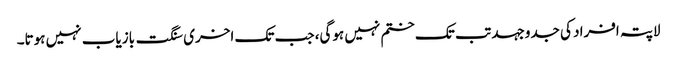
لاپتہ افراد کی جدوجہد تب تک ختم نہیں ہوگی، جب تک اخری سنگت بازیاب نہیں ہوتا۔